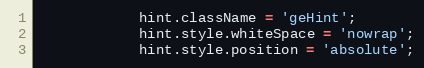
Language: JavaScript
			hint.className = 'geHint';
			hint.style.whiteSpace = 'nowrap';
			hint.style.position = 'absolute';